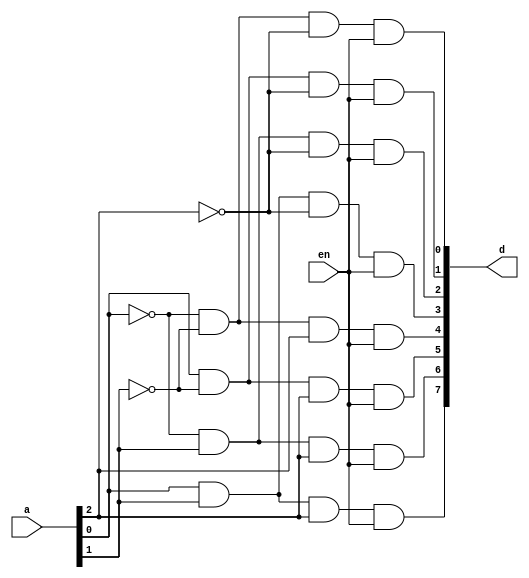
module decoder_3_to_8(d, a, en);
    input [2:0] a;
    input en; //To enable circuit
    output [7:0] d;
    and(d[0], ~a[0], ~a[1], ~a[2], en);
    and(d[1], a[0], ~a[1], ~a[2], en);
    and(d[2], ~a[0], a[1], ~a[2], en);
    and(d[3], a[0], a[1], ~a[2], en);
    and(d[4], ~a[0], ~a[1], a[2], en);
    and(d[5], a[0], ~a[1], a[2], en);
    and(d[6], ~a[0], a[1], a[2], en);
    and(d[7], a[0], a[1], a[2], en);
endmodule

module decoder_stimulus;
    reg en;
    reg [2:0] a;
    wire [7:0] d;
    decoder_3_to_8 d1(d, a, en);
    initial
    begin
    a = 3'b110; en = 1'b0;
    #50 a = 3'b000; en = 1'b1;
    #50 a = 3'b001;
    #50 a = 3'b010;
    #50 a = 3'b011;
    #50 a = 3'b100;
    #50 a = 3'b101;
    #50 a = 3'b110;
    #50 a = 3'b111;
    #50 a = 3'b111; en = 1'b0;
    #200 $finish;
    end
endmodule